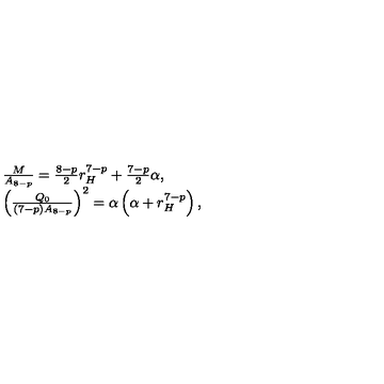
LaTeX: \begin{array} { l } { \frac { M } { A _ { 8 - p } } = \frac { 8 - p } { 2 } r _ { H } ^ { 7 - p } + \frac { 7 - p } { 2 } \alpha , } \\ { \left( \frac { Q _ { 0 } } { ( 7 - p ) A _ { 8 - p } } \right) ^ { 2 } = \alpha \left( \alpha + r _ { H } ^ { 7 - p } \right) , } \\ \end{array}